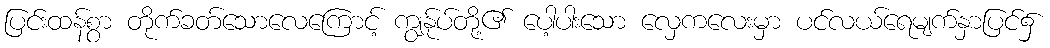
ပြင်းထန်စွာ တိုက်ခတ်သောလေကြောင့် ကျွန်ုပ်တို့၏ ပေါ့ပါးသော လှေကလေးမှာ ပင်လယ်ရေမျက်နှာပြင်၌